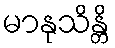
မာနုသိန္တိ